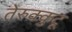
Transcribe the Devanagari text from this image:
तेरुक्कुटू